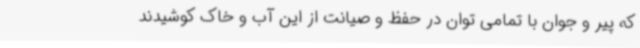
که پیر و جوان با تمامی توان در حفظ و صیانت از این آب و خاک کوشیدند